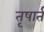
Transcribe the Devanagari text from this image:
तृषार्त